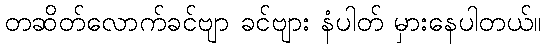
တဆိတ်လောက်ခင်ဗျာ ခင်ဗျား နံပါတ် မှားနေပါတယ်။